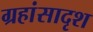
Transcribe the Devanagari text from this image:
ग्रहांसादृश